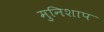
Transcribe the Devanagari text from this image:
मुनिशाप